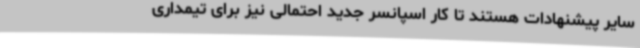
سایر پیشنهادات هستند تا کار اسپانسر جدید احتمالی نیز برای تیمداری